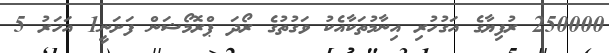
250000 ރުފިޔާގެ އަގުހުރި އިނާމުތަކާއެކު ވަގުތުގެ ރޯދަ ޕްރޮމޯޝަން ފަށަނީ1 އަހަރު 5